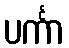
ပင်္ကာ